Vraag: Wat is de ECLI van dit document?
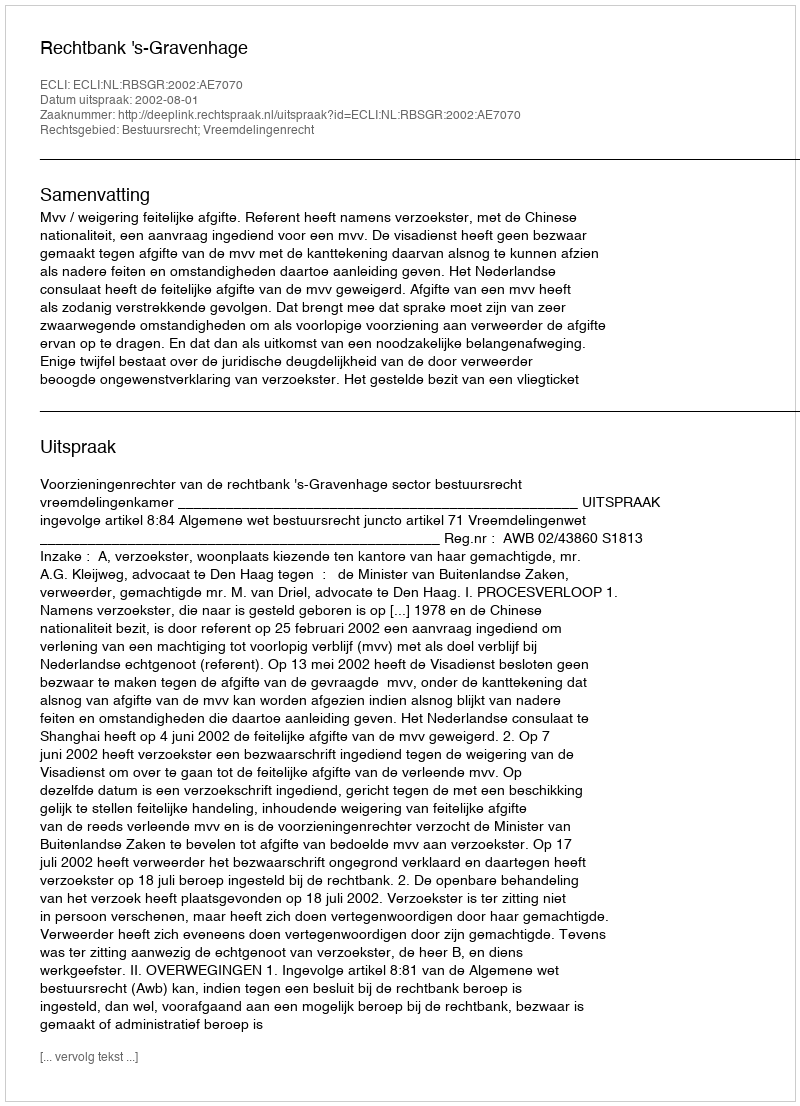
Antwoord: ECLI:NL:RBSGR:2002:AE7070